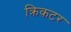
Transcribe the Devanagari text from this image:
क्रिकटर